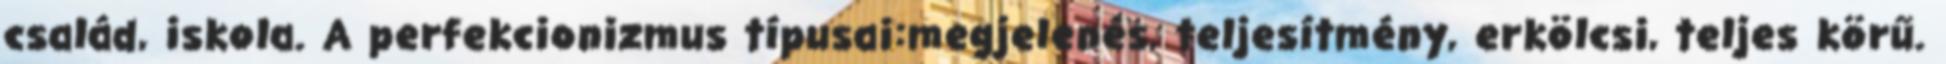
család, iskola. A perfekcionizmus típusai:megjelenés, teljesítmény, erkölcsi, teljes körű.